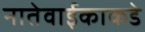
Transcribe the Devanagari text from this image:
नातेवाईकाकडे